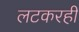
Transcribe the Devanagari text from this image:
लटकरही